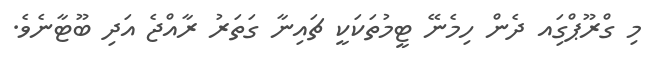
މި ގްރޫޕްގަިއ ދެން ހިމެނޭ ޓީމުތަކަކީ ޗައިނާ ގަތަރު ރާއްޖެ އަދި ބޫޓާނެވެ.